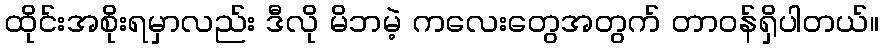
ထိုင်းအစိုးရမှာလည်း ဒီလို မိဘမဲ့ ကလေးတွေအတွက် တာဝန်ရှိပါတယ်။